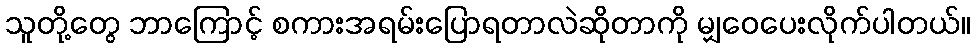
သူတို့တွေ ဘာကြောင့် စကားအရမ်းပြောရတာလဲဆိုတာကို မျှဝေပေးလိုက်ပါတယ်။